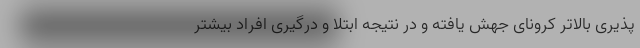
پذیری بالاتر کرونای جهش یافته و در نتیجه ابتلا و درگیری افراد بیشتر